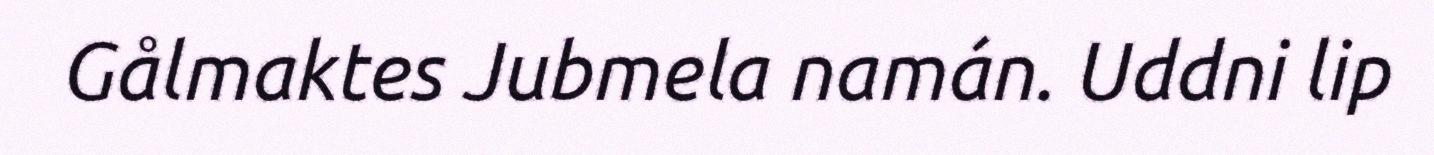
Gålmaktes Jubmela namán. Uddni lip